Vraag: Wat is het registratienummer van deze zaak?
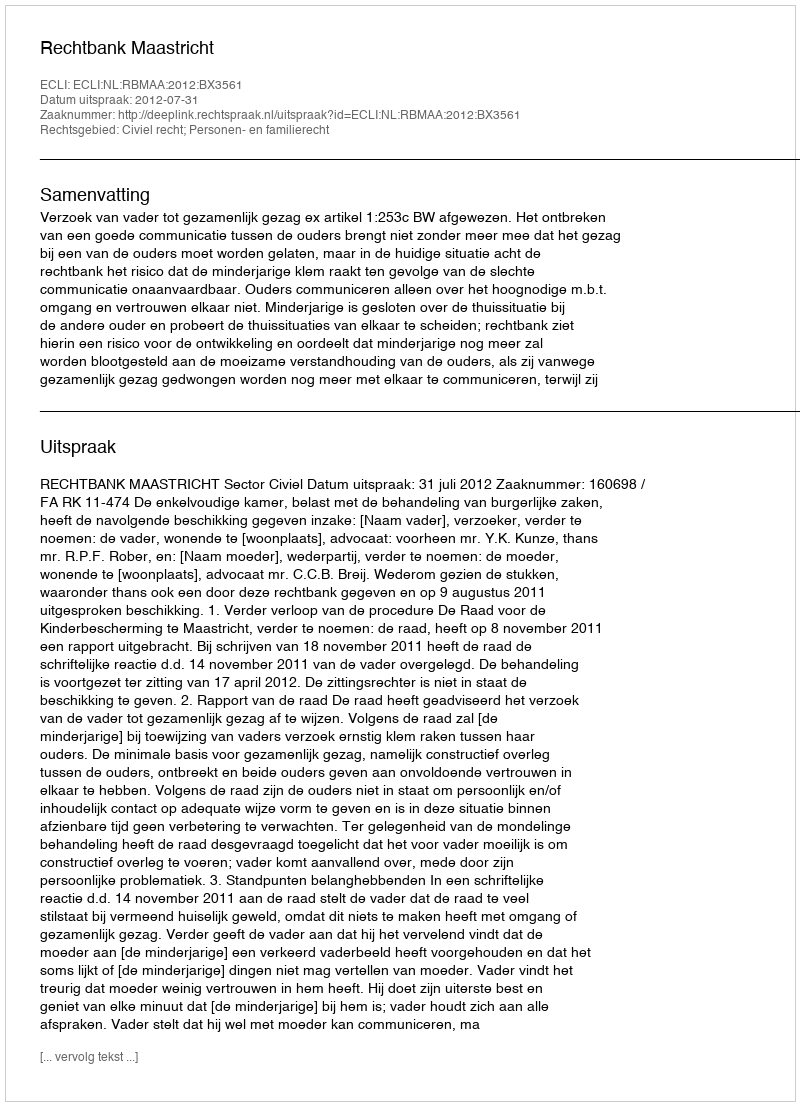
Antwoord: http://deeplink.rechtspraak.nl/uitspraak?id=ECLI:NL:RBMAA:2012:BX3561